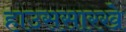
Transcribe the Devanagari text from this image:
हाउससारखे